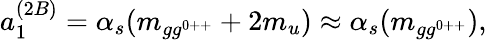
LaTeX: a_{1}^{(2B)}=\alpha_{s}(m_{gg^{0++}}+2m_{u})\approx\alpha_{s}(m_{gg^{0++}}),